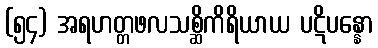
(၅၄) အရဟတ္တဖလသစ္ဆိကိရိယာယ ပဋိပန္နော